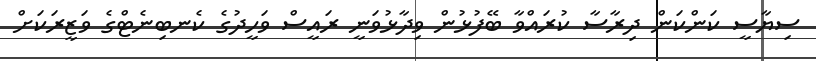
ސިޔާސީ ކަންކަން ދިރާސާ ކުރައްވާ ބޭފުޅުން ވިދާޅުވަނީ ރައީސް ވަހީދުގެ ކެނބިނެޓްގެ ވަޒީރަކަށް